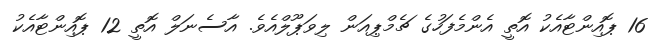
16 ޕޮއިންޓާއެކު އޮތީ އެންމެފަހުގެ ޗެމްޕިއަން ލިވަޕޫލްއެވެ. އާސެނަލް އޮތީ 12 ޕޮއިންޓާއެކު